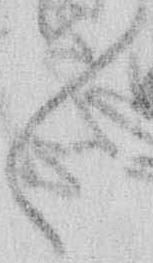
々